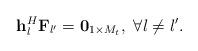
LaTeX: \begin{align*} {{\bf{h}}_l^H}{{\bf{F}}_{l'}} = {{\bf{0}}_{1 \times M_t}},\ \forall l \ne l'. \end{align*}